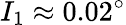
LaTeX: I_{1}\approx 0.02^{\circ}